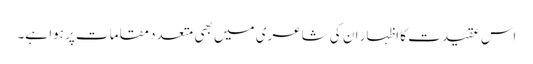
اس عقیدت کا اظہار ان کی شاعری میں بھی متعدد مقامات پر ہوا ہے۔